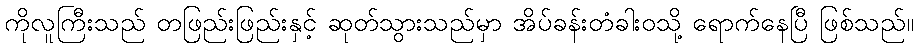
ကိုလူကြီးသည် တဖြည်းဖြည်းနှင့် ဆုတ်သွားသည်မှာ အိပ်ခန်းတံခါးဝသို့ ရောက်နေပြီ ဖြစ်သည်။